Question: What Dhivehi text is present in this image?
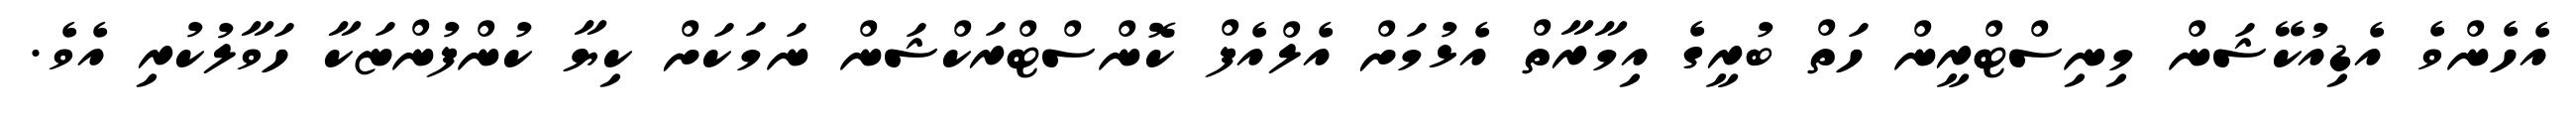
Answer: އެހެންވެ އެޑިއުކޭޝަން މިނިސްޓްރީން ހަތް ބުރީގެ އިމާރާތް އެޅުމަށް އެލްއެފް ކޮންސްޓްރަކްޝަން ނަމަކަށް ކިޔާ ކުންފުންޏަކާ ހަވާލުކުރި އެވެ.